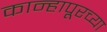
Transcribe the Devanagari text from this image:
कान्हापूरच्या